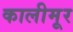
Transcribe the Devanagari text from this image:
कालीमूर